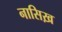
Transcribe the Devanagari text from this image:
नासिख़